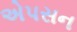
એપસન